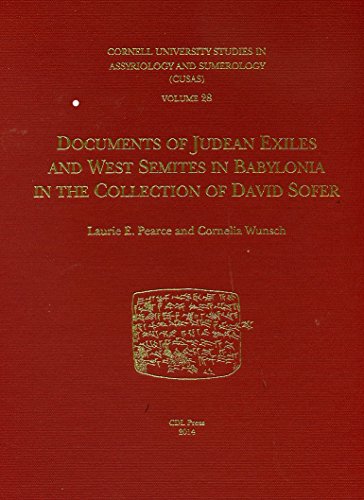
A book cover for Documents of Judean Exiles and West Semites in Babylonia in the Collection of David Sofer (Cornell University Studies in Assyriology and Sumerology); Laurie E. Pearce; History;